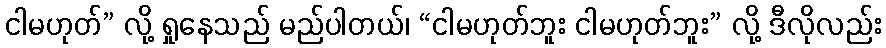
ငါမဟုတ်” လို့ ရှုနေသည် မည်ပါတယ်၊ “ငါမဟုတ်ဘူး ငါမဟုတ်ဘူး” လို့ ဒီလိုလည်း